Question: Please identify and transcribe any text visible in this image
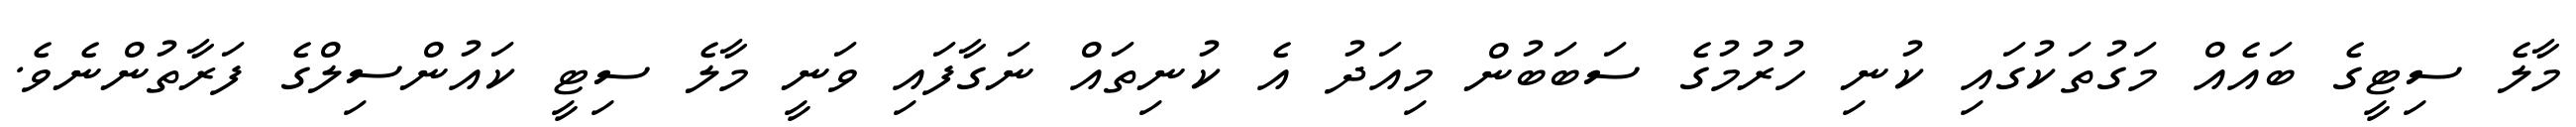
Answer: މާލެ ސިޓީގެ ބައެއް މަގުތަކުގައި ކުނި ހުރުމުގެ ސަބަބުން މިއަދު އެ ކުނިތައް ނަގާފައި ވަނީ މާލެ ސިޓީ ކައުންސިލްގެ ފަރާތުންނެވެ.